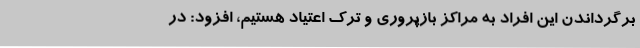
برگرداندن این افراد به مراکز بازپروری و ترک اعتیاد هستیم، افزود: در